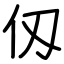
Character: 仭